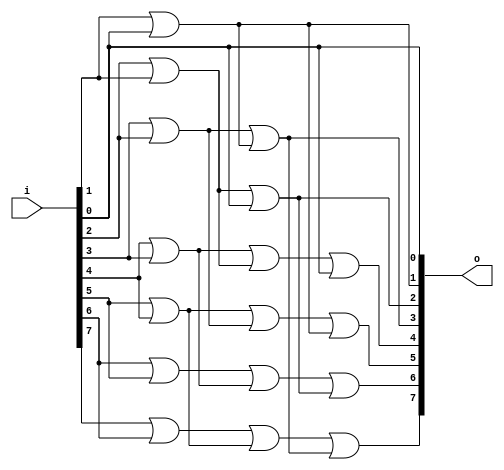
// This program was cloned from: https://github.com/NYU-MLDA/OpenABC
// License: BSD 3-Clause "New" or "Revised" License

module bsg_scan_width_p8_or_p1_lo_to_hi_p1
(
  i,
  o
);

  input [7:0] i;
  output [7:0] o;
  wire [7:0] o;
  wire t_2__7_,t_2__6_,t_2__5_,t_2__4_,t_2__3_,t_2__2_,t_2__1_,t_2__0_,t_1__7_,t_1__6_,
  t_1__5_,t_1__4_,t_1__3_,t_1__2_,t_1__1_,t_1__0_;
  assign t_1__7_ = i[0] | 1'b0;
  assign t_1__6_ = i[1] | i[0];
  assign t_1__5_ = i[2] | i[1];
  assign t_1__4_ = i[3] | i[2];
  assign t_1__3_ = i[4] | i[3];
  assign t_1__2_ = i[5] | i[4];
  assign t_1__1_ = i[6] | i[5];
  assign t_1__0_ = i[7] | i[6];
  assign t_2__7_ = t_1__7_ | 1'b0;
  assign t_2__6_ = t_1__6_ | 1'b0;
  assign t_2__5_ = t_1__5_ | t_1__7_;
  assign t_2__4_ = t_1__4_ | t_1__6_;
  assign t_2__3_ = t_1__3_ | t_1__5_;
  assign t_2__2_ = t_1__2_ | t_1__4_;
  assign t_2__1_ = t_1__1_ | t_1__3_;
  assign t_2__0_ = t_1__0_ | t_1__2_;
  assign o[0] = t_2__7_ | 1'b0;
  assign o[1] = t_2__6_ | 1'b0;
  assign o[2] = t_2__5_ | 1'b0;
  assign o[3] = t_2__4_ | 1'b0;
  assign o[4] = t_2__3_ | t_2__7_;
  assign o[5] = t_2__2_ | t_2__6_;
  assign o[6] = t_2__1_ | t_2__5_;
  assign o[7] = t_2__0_ | t_2__4_;

endmodule